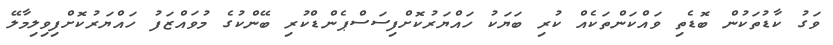
ވަގު ކާޑުތަކުން ބޮޑެތި ވައްކަންތަކެއް ކުރި ބަޔަކު ހައްޔަރުކޮށްފިސަސްޕެންޑްކުރި ބޭންކުގެ މުވައްޒަފު ހައްޔަރުކޮށްފިވިލިމާލޭ